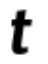
t